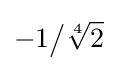
-1{\big /}{\sqrt[{4}]{2}}